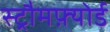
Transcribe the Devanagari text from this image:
स्ट्रौमफ़्योर्ड